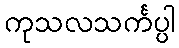
ကုသလသင်္ကပ္ပါ